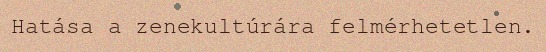
Hatása a zenekultúrára felmérhetetlen.